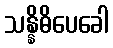
သန္နိဓိပေခေါ